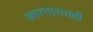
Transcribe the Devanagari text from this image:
कारभारातही